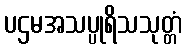
ပဌမအသပ္ပုရိသသုတ္တံ